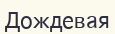
Дождевая